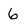
Character: 6